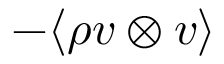
- \langle \rho \boldsymbol { v } \otimes \boldsymbol { v } \rangle